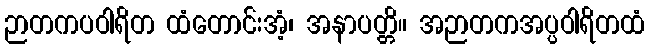
ဉာတကပဝါရိတ ထံတောင်းအံ့၊ အနာပတ္တိ။ အဉာတကအပ္ပဝါရိတထံ